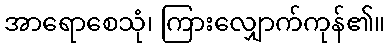
အာရောစေသုံ၊ ကြားလျှောက်ကုန်၏။